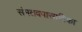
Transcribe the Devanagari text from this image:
संमतवपासादिका